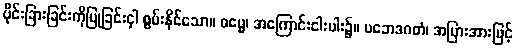
ပိုင်းခြားခြင်းကိုပြုခြင်းငှါ စွမ်းနိုင်သော။ ဓမ္မေ၊ အကြောင်းငါးပါး၌။ ပဘေဒဂတံ၊ အပြားအားဖြင့်